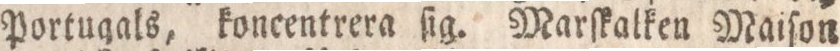
Portugals, koncentrera ſig. Marſkalken Maiſon